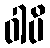
ဝါပိ